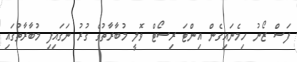
ފަސް ޒޯނު ހިމެނައިގެން އިންޓަ ރިސޯޓް ވޮލީ މުބާރާތުގެ ގުރު ނަގައިފި މުބާރާތުގައި